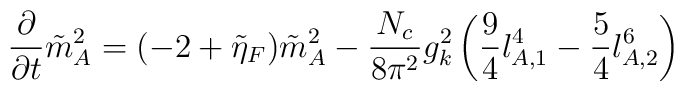
\frac{\partial}{\partial t}\tilde m^2_A=(-2+\tilde\eta_F)\tilde m^2_A-\frac{N_c}{8\pi^2}g^2_k\left(\frac{9}{4}l_{A,1}^4-\frac{5}{4}l^6_{A,2}\right)